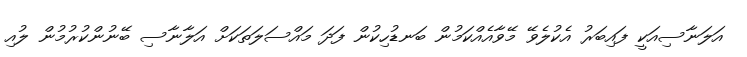
އަލަނާސިއަކީ ފައިބަރު އެކުލެވޭ މޭވާއެއްކަމުން ބަނޑުހިކުން ފަދަ މައްސަލަތަކަށް އަލާނާސި ބޭނުންކުރުމުން ލުއި